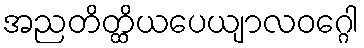
အညတိတ္ထိယပေယျာလဝဂ္ဂေါ